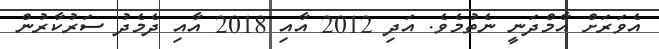
އެވަރަށް އާމްދަނީ ނެތުމެވެ. އަދި 2012 އާއި 2018 އާއި ދެމެދު ސަރުކާރުން